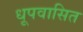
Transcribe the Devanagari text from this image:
धूपवासित